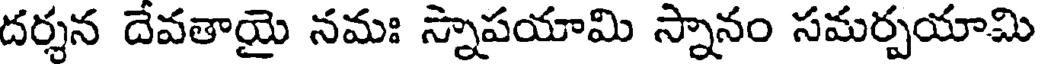
దర్శన దేవతాయై నమః స్నాపయామి స్నానం సమర్పయామి